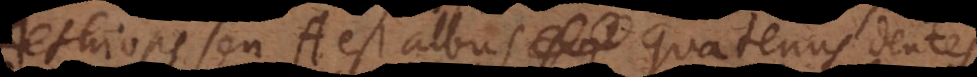
Aethiops seu A est albus quatenus dentes